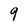
Character: 9